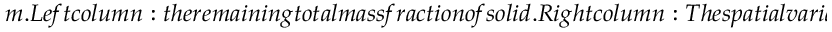
m . L e f t c o l u m n : t h e r e m a i n i n g t o t a l m a s s f r a c t i o n o f s o l i d . R i g h t c o l u m n : T h e s p a t i a l v a r i a t i o n o f t e m p e r a t u r e . T h e r o w s a r e ( f r o m t o p t o b o t t o m ) f o r